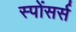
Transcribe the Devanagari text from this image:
स्पोंसर्स